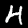
Label: 4